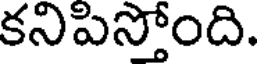
కనిపిస్తోంది.